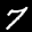
Label: 7